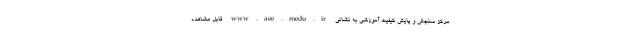
مرکز سنجش و پایش کیفیت آموزشی به نشانی www.aee.medu.ir قابل مشاهده